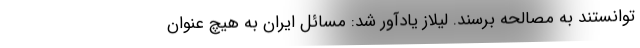
توانستند به مصالحه برسند. لیلاز یادآور شد: مسائل ایران به هیچ عنوان